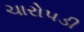
ચારોપડી